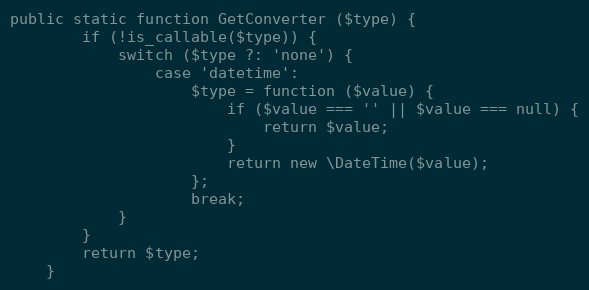
Language: PHP
public static function GetConverter ($type) {
		if (!is_callable($type)) {
			switch ($type ?: 'none') {
				case 'datetime':
					$type = function ($value) {
						if ($value === '' || $value === null) {
							return $value;
						}
						return new \DateTime($value);
					};
					break;
			}
		}
		return $type;
	}